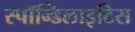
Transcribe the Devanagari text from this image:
स्पॉन्डिलाइटिस